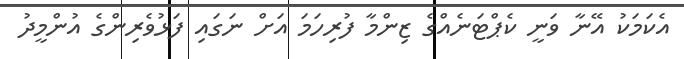
އެކަމަކު އޭނާ ވަނީ ކެޕްޓަނެއްގެ ޒިންމާ ފުރިހަމަ އަށް ނަގައި ފަޅުވެރިންގެ އުންމީދު